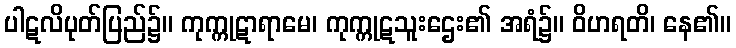
ပါဋလိပုတ်ပြည်၌။ ကုက္ကုဋာရာမေ၊ ကုက္ကုဋသူးဌေး၏ အရံ၌။ ဝိဟရတိ၊ နေ၏။